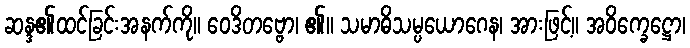
ဆန္ဒ၏ထင်ခြင်းအနက်ကို။ ဝေဒိတဗ္ဗော၊ ၏။ သမာဓိသမ္ပယောဂေန၊ အားဖြင့်။ အဝိက္ခေဋ္ဌော၊